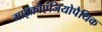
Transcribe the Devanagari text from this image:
माइक्रोएंजियोपैथिक